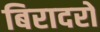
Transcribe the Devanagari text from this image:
बिरादरों